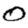
Digit: 0